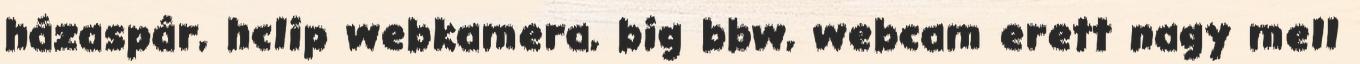
házaspár, hclip webkamera, big bbw, webcam erett nagy mell